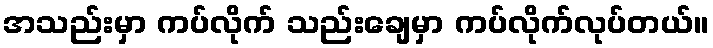
အသည်းမှာ ကပ်လိုက် သည်းချေမှာ ကပ်လိုက်လုပ်တယ်။